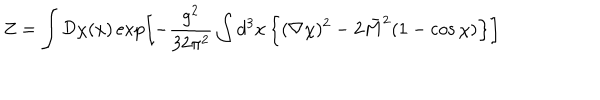
Z = \int { \cal D } \chi ( x ) \exp \left[ - { \frac { g ^ { 2 } } { 3 2 \pi ^ { 2 } } } \int d ^ { 3 } x \left\{ ( \nabla \chi ) ^ { 2 } - 2 \bar { M } ^ { 2 } ( 1 - \cos \chi ) \right\} \right]